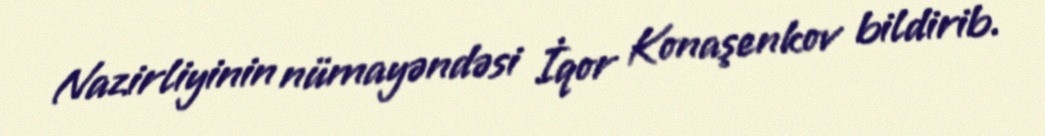
Nazirliyinin nümayəndəsi İqor Konaşenkov bildirib.